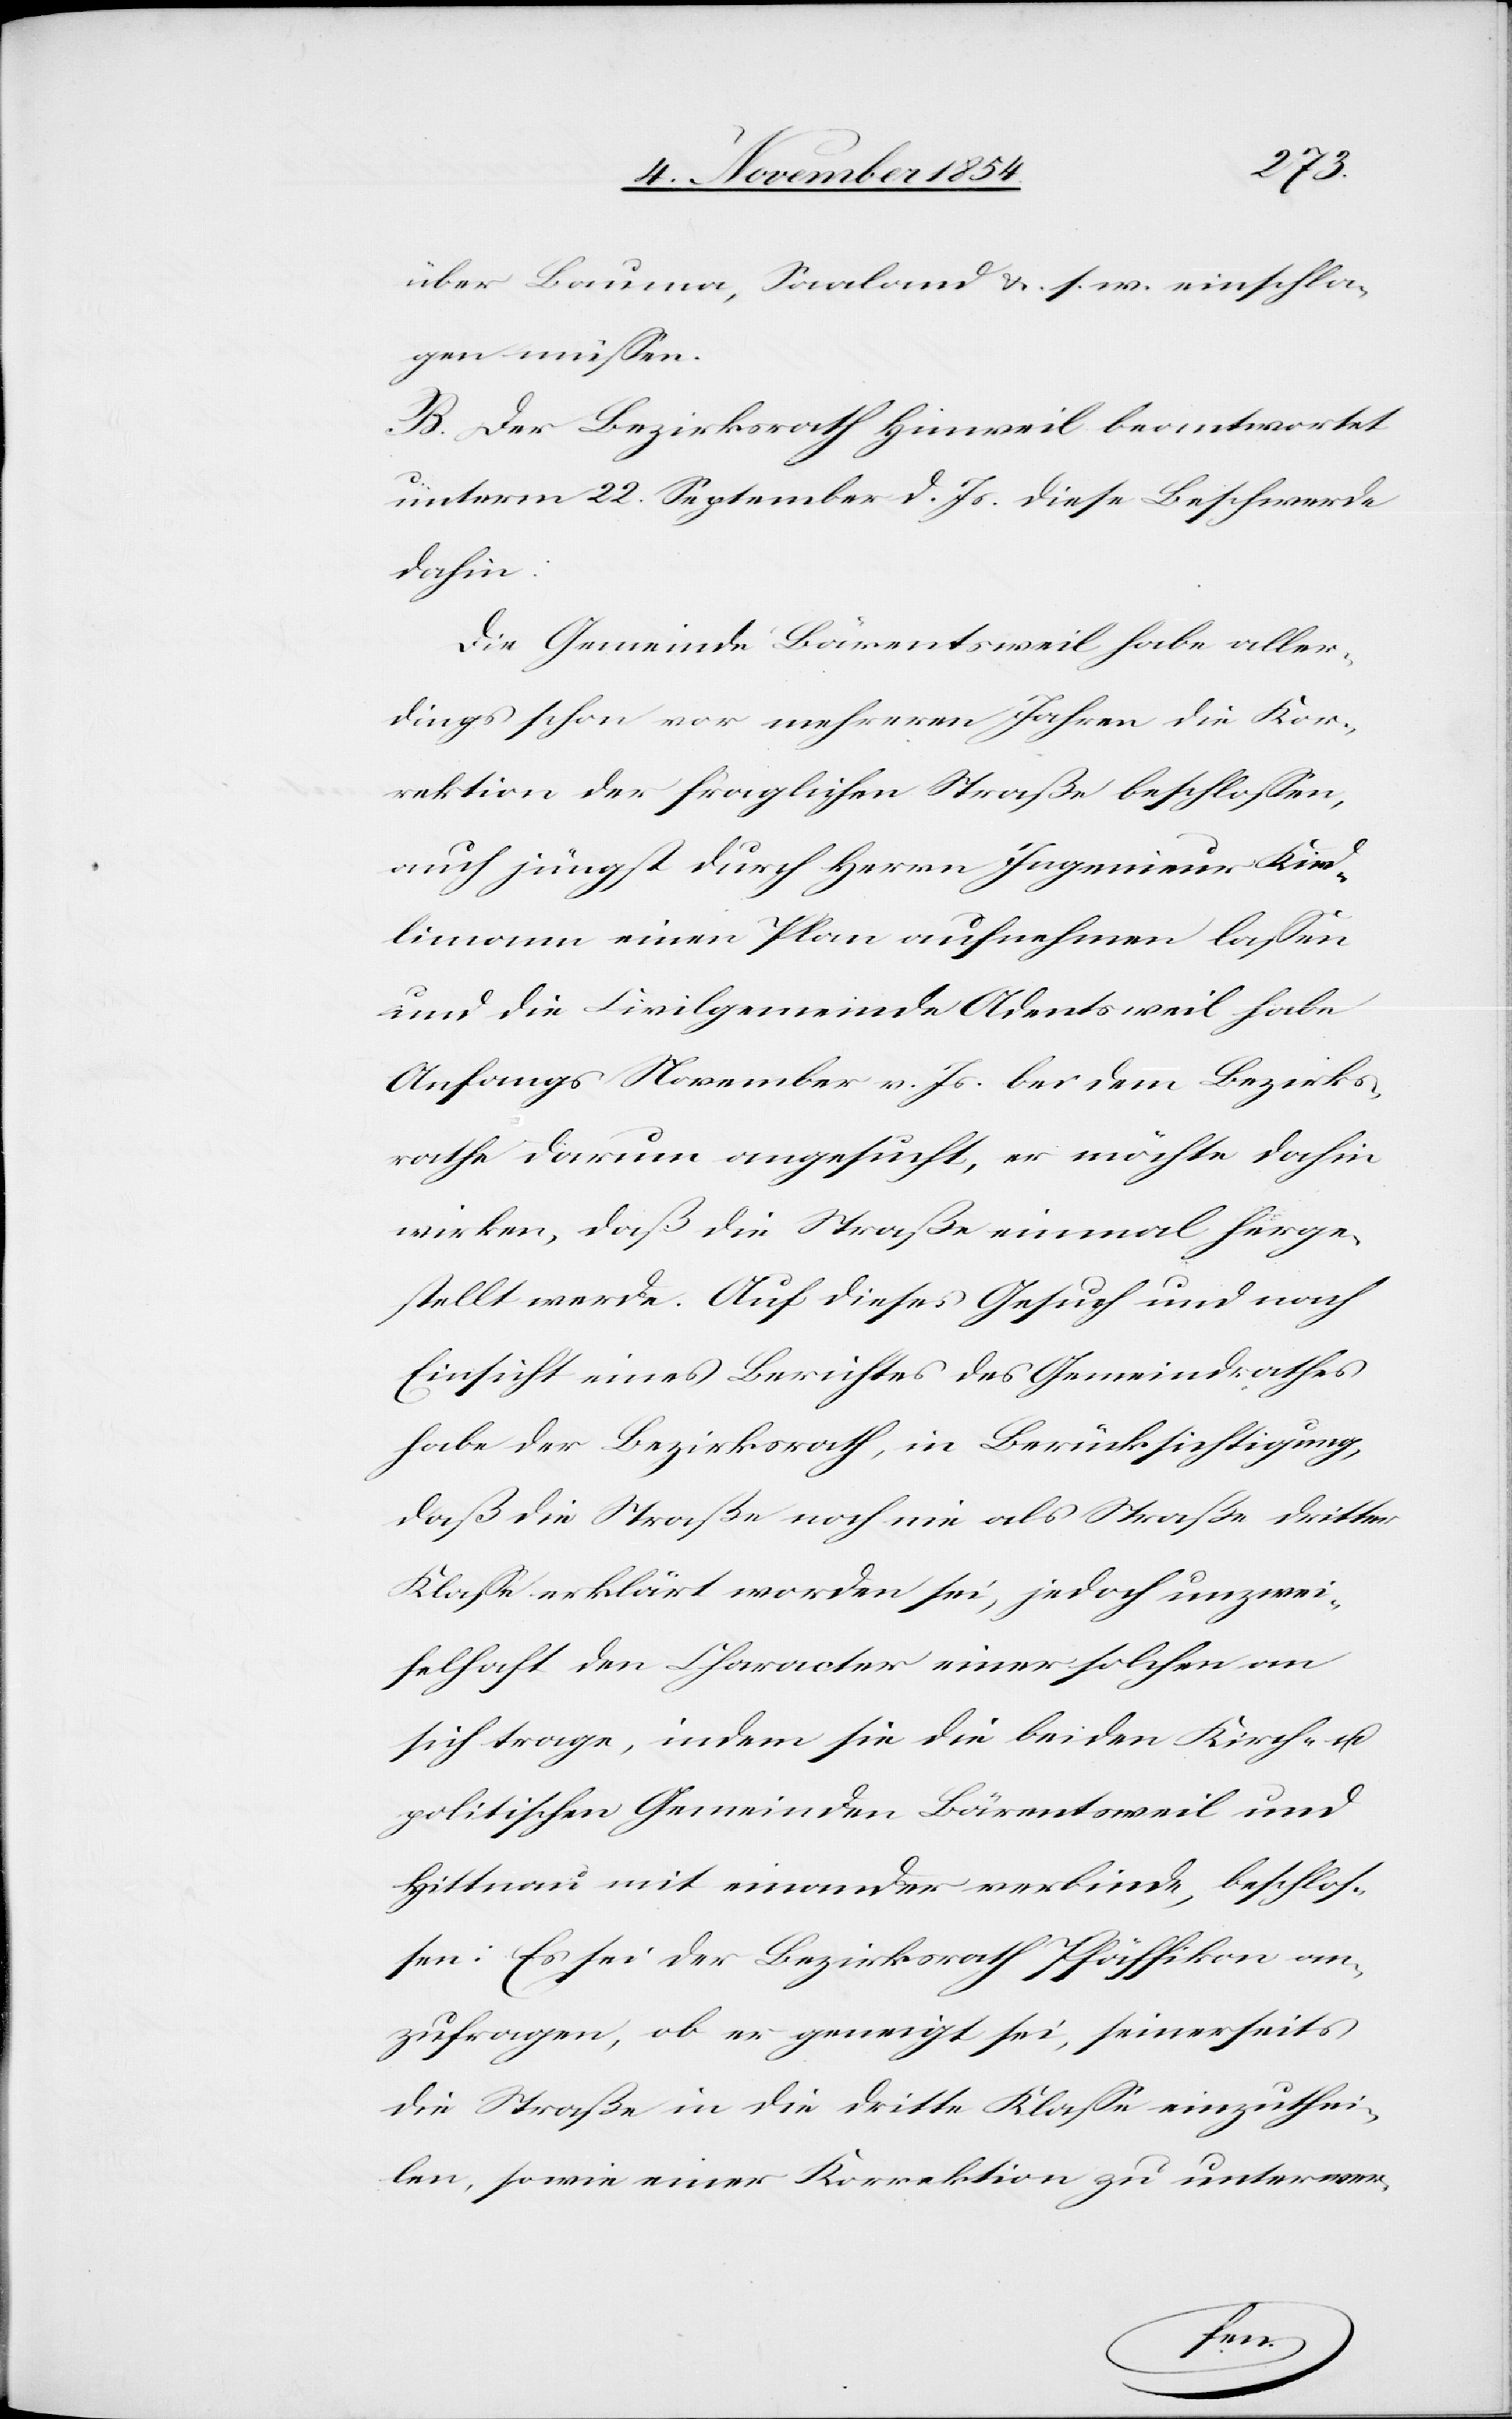
über Bauma, Saaland u. s. w. einschla¬
gen müßen.
B. Der Bezirksrath Hinweil beantwortet
unterm 22. September d. Js. diese Beschwerde
dahin:
Die Gemeinde Bärentsweil habe aller¬
dings schon vor mehreren Jahren die Kor¬
rektion der fraglichen Straße beschloßen,
auch jüngst durch Herrn Ingenieur Kind¬
limann einen Plan aufnehmen laßen
und die Civilgemeinde Adentsweil habe
Anfangs November v. Js. bei dem Bezirks¬
rathe darum angesucht, er möchte dahin
wirken, daß die Straße einmal herge¬
stellt werde. Auf dieses Gesuch und nach
Einsicht eines Berichtes des Gemeindrathes
habe der Bezirksrath, in Berücksichtigung,
daß die Straße noch nie als Straße dritter
Klaße erklärt worden sei, jedoch unzwei¬
felhaft den Character einer solchen an
sich trage, indem sie die beiden Kirch- u.
politischen Gemeinden Bärentsweil und
Hittnau mit einander verbinde, beschloß¬
en: Es sei der Bezirksrath Pfäffikon an¬
zufragen, ob er geneigt sei, seinerseits
die Straße in die dritte Klaße einzuthei¬
len, sowie einer Korrektion zu unterwer-